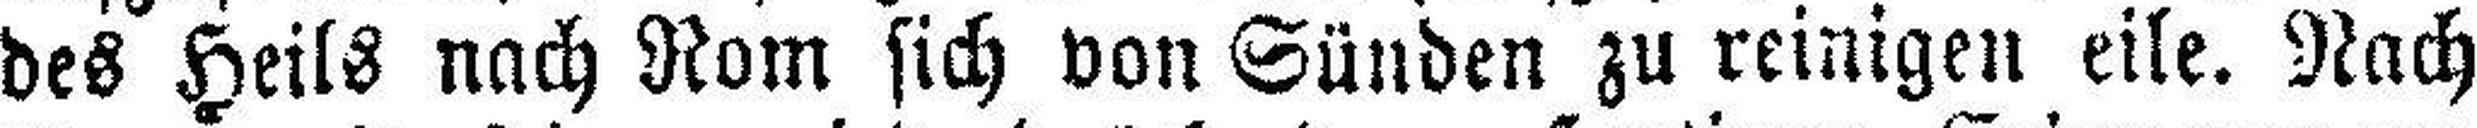
des Heils nach Rom sich von Sünden zu reinigen eile. Nach